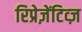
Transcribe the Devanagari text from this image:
रिप्रेज़ेंटिव्ज़